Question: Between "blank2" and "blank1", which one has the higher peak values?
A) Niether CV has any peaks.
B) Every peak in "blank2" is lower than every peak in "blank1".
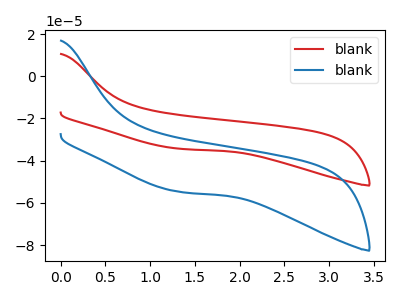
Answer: <think>The red curve "blank1" has no peaks. The blue curve "blank2" has no peaks.</think>
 <answer>A) Niether CV has any peaks.</answer>
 <eval>A</eval>